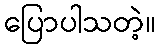
ပြောပါသတဲ့။